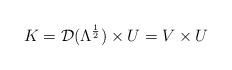
LaTeX: \begin{align*}K =\mathcal{D} ( {\Lambda}^{\frac{1}{2}} ) \times {U} = V \times U \end{align*}